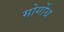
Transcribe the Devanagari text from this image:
मोर्गोथ